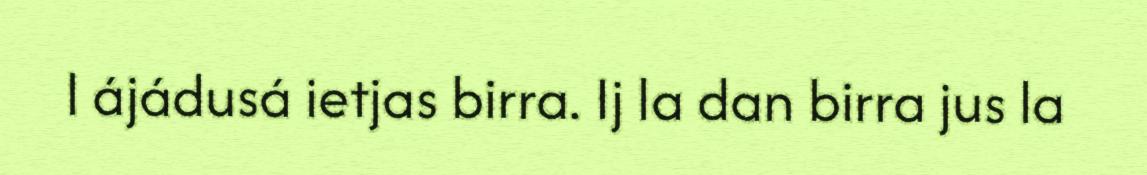
l ájádusá ietjas birra. Ij la dan birra jus la